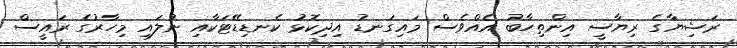
ރަޝިޔާގެ ރިޔާސީ އިންތިހާބު އެއްވެސް މައިގަނޑު އިދިކޮޅު ކެނޑިޑޭޓަކާއި ނުލައި މިހާރުގެ ރައީސް